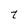
Character: t